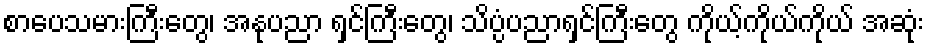
စာပေသမားကြီးတွေ၊ အနုပညာ ရှင်ကြီးတွေ၊ သိပ္ပံပညာရှင်ကြီးတွေ ကိုယ့်ကိုယ်ကိုယ် အဆုံး